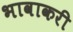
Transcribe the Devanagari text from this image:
भावाकरी